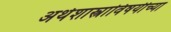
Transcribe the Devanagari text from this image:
अर्थशास्त्राविषयीच्या